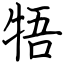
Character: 牾